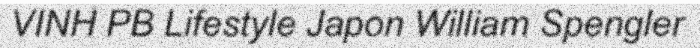
VINH PB Lifestyle Japon William Spengler